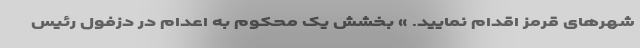
شهرهای قرمز اقدام نمایید. » بخشش یک محکوم به اعدام در دزفول رئیس